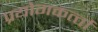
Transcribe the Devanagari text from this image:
प्रयोगकर्त्‍ता